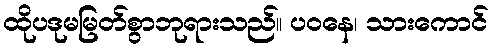
ထိုပဒုမမြတ်စွာဘုရားသည်။ ပဝနေ၊ သားကောင်